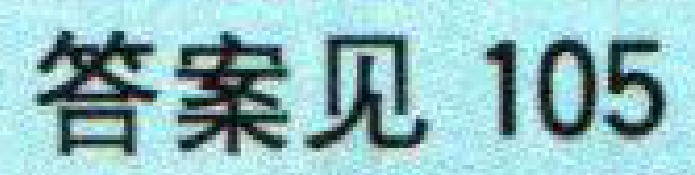
答案见 105